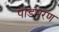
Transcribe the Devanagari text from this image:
पाडंमरण